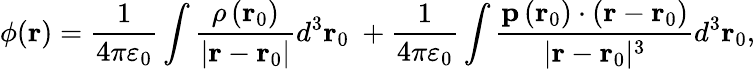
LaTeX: \phi(\mathbf{r})={\frac{1}{4\pi\varepsilon_{0}}}\int{\frac{\rho\left(\mathbf{r}_{0}\right)}{\left|\mathbf{r}-\mathbf{r}_{0}\right|}}d^{3}\mathbf{r}_{0}\ +{\frac{1}{4\pi\varepsilon_{0}}}\int{\frac{\mathbf{p}\left(\mathbf{r}_{0}\right)\cdot\left(\mathbf{r}-\mathbf{r}_{0}\right)}{|\mathbf{r}-\mathbf{r}_{0}|^{3}}}d^{3}\mathbf{r}_{0},